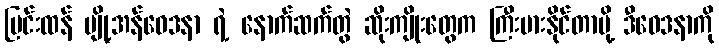
ပြင်းထန် ပျို့အန်ဝေဒနာ ရဲ့ နောက်ဆက်တွဲ ဆိုးကျိုးတွေက ကြီးမားနိုင်တာမို့ ဒီဝေဒနာကို